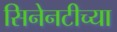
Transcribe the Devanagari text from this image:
सिनेनटीच्या